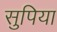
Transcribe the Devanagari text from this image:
सुपिया